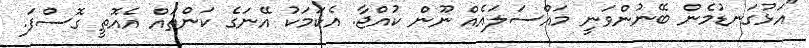
"އަޅުގަނޑުމެން ބޭނުންވަނީ މައްސަލައެއް ނޫން ކުއްޖާ. އެކަމަކު އޭނަގެ ކަންތައް އެއޮތީ ގޮސްފަ.